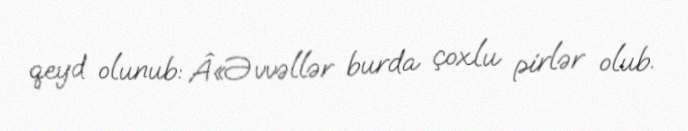
qeyd olunub: Â«Əvvəllər burda çoxlu pirlər olub.